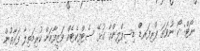
ނޯޓް: ކޯ ނުވަތަ ޕްރިފަރޑް ޑިސިޕްލިންއާ ގުޅޭ ސެޓްފިކެޓެއް ވަޒީފާއަށް ކުރިމަތިލާ ފަރާތުން